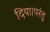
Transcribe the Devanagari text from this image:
दिया।परंतु